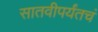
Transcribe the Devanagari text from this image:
सातवीपर्यंतचं